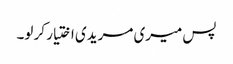
پس میری مریدی اختیار کر لو۔